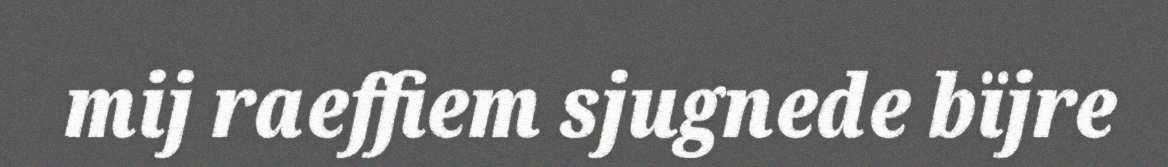
mij raeffiem sjugnede bïjre